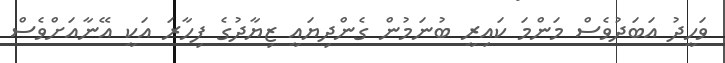
ވަހީދު އަބަދުވެސް މަންްމަ ކައިރީ ބުނަމުން ގެންދިޔަައީ ޒިޔާދުގެ ފިހާރަަ އަކީ އޭނާއަށްވެސް